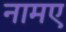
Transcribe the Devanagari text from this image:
नामए